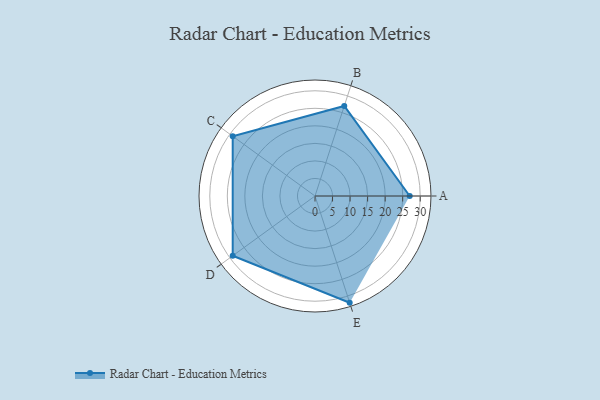
{"axis": {"x": "Skill", "y": "Score"}, "legend": ["Profile"], "data": [{"x": "A", "y": 27.0, "type": "Profile"}, {"x": "B", "y": 27.0, "type": "Profile"}, {"x": "C", "y": 29.0, "type": "Profile"}, {"x": "D", "y": 29.0, "type": "Profile"}, {"x": "E", "y": 32.0, "type": "Profile"}]}